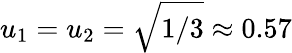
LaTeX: u_{1}=u_{2}=\sqrt{1/3}\approx 0.57